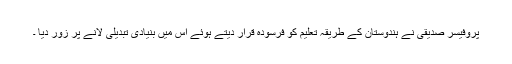
پروفیسر صدیقی نے ہندوستان کے طریقہ تعلیم کو فرسودہ قرار دیتے ہوئے اس میں بنیادی تبدیلی لانے پر زور دیا ۔